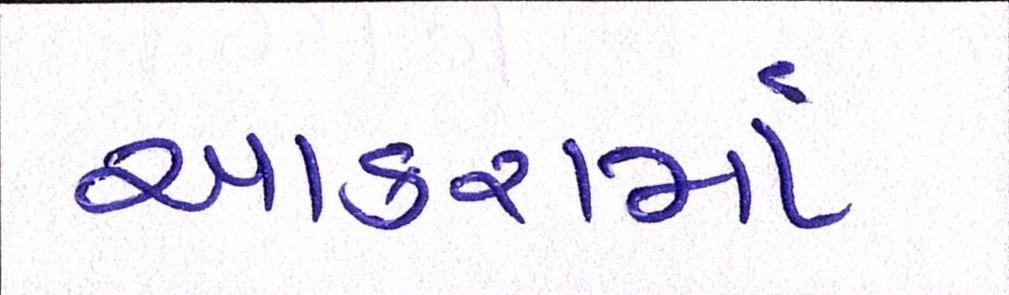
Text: આકરામાં